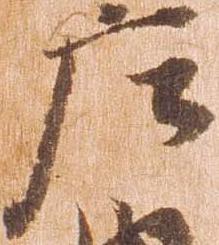
庄